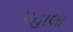
પહાલા